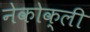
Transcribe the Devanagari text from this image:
नेकोक्ली